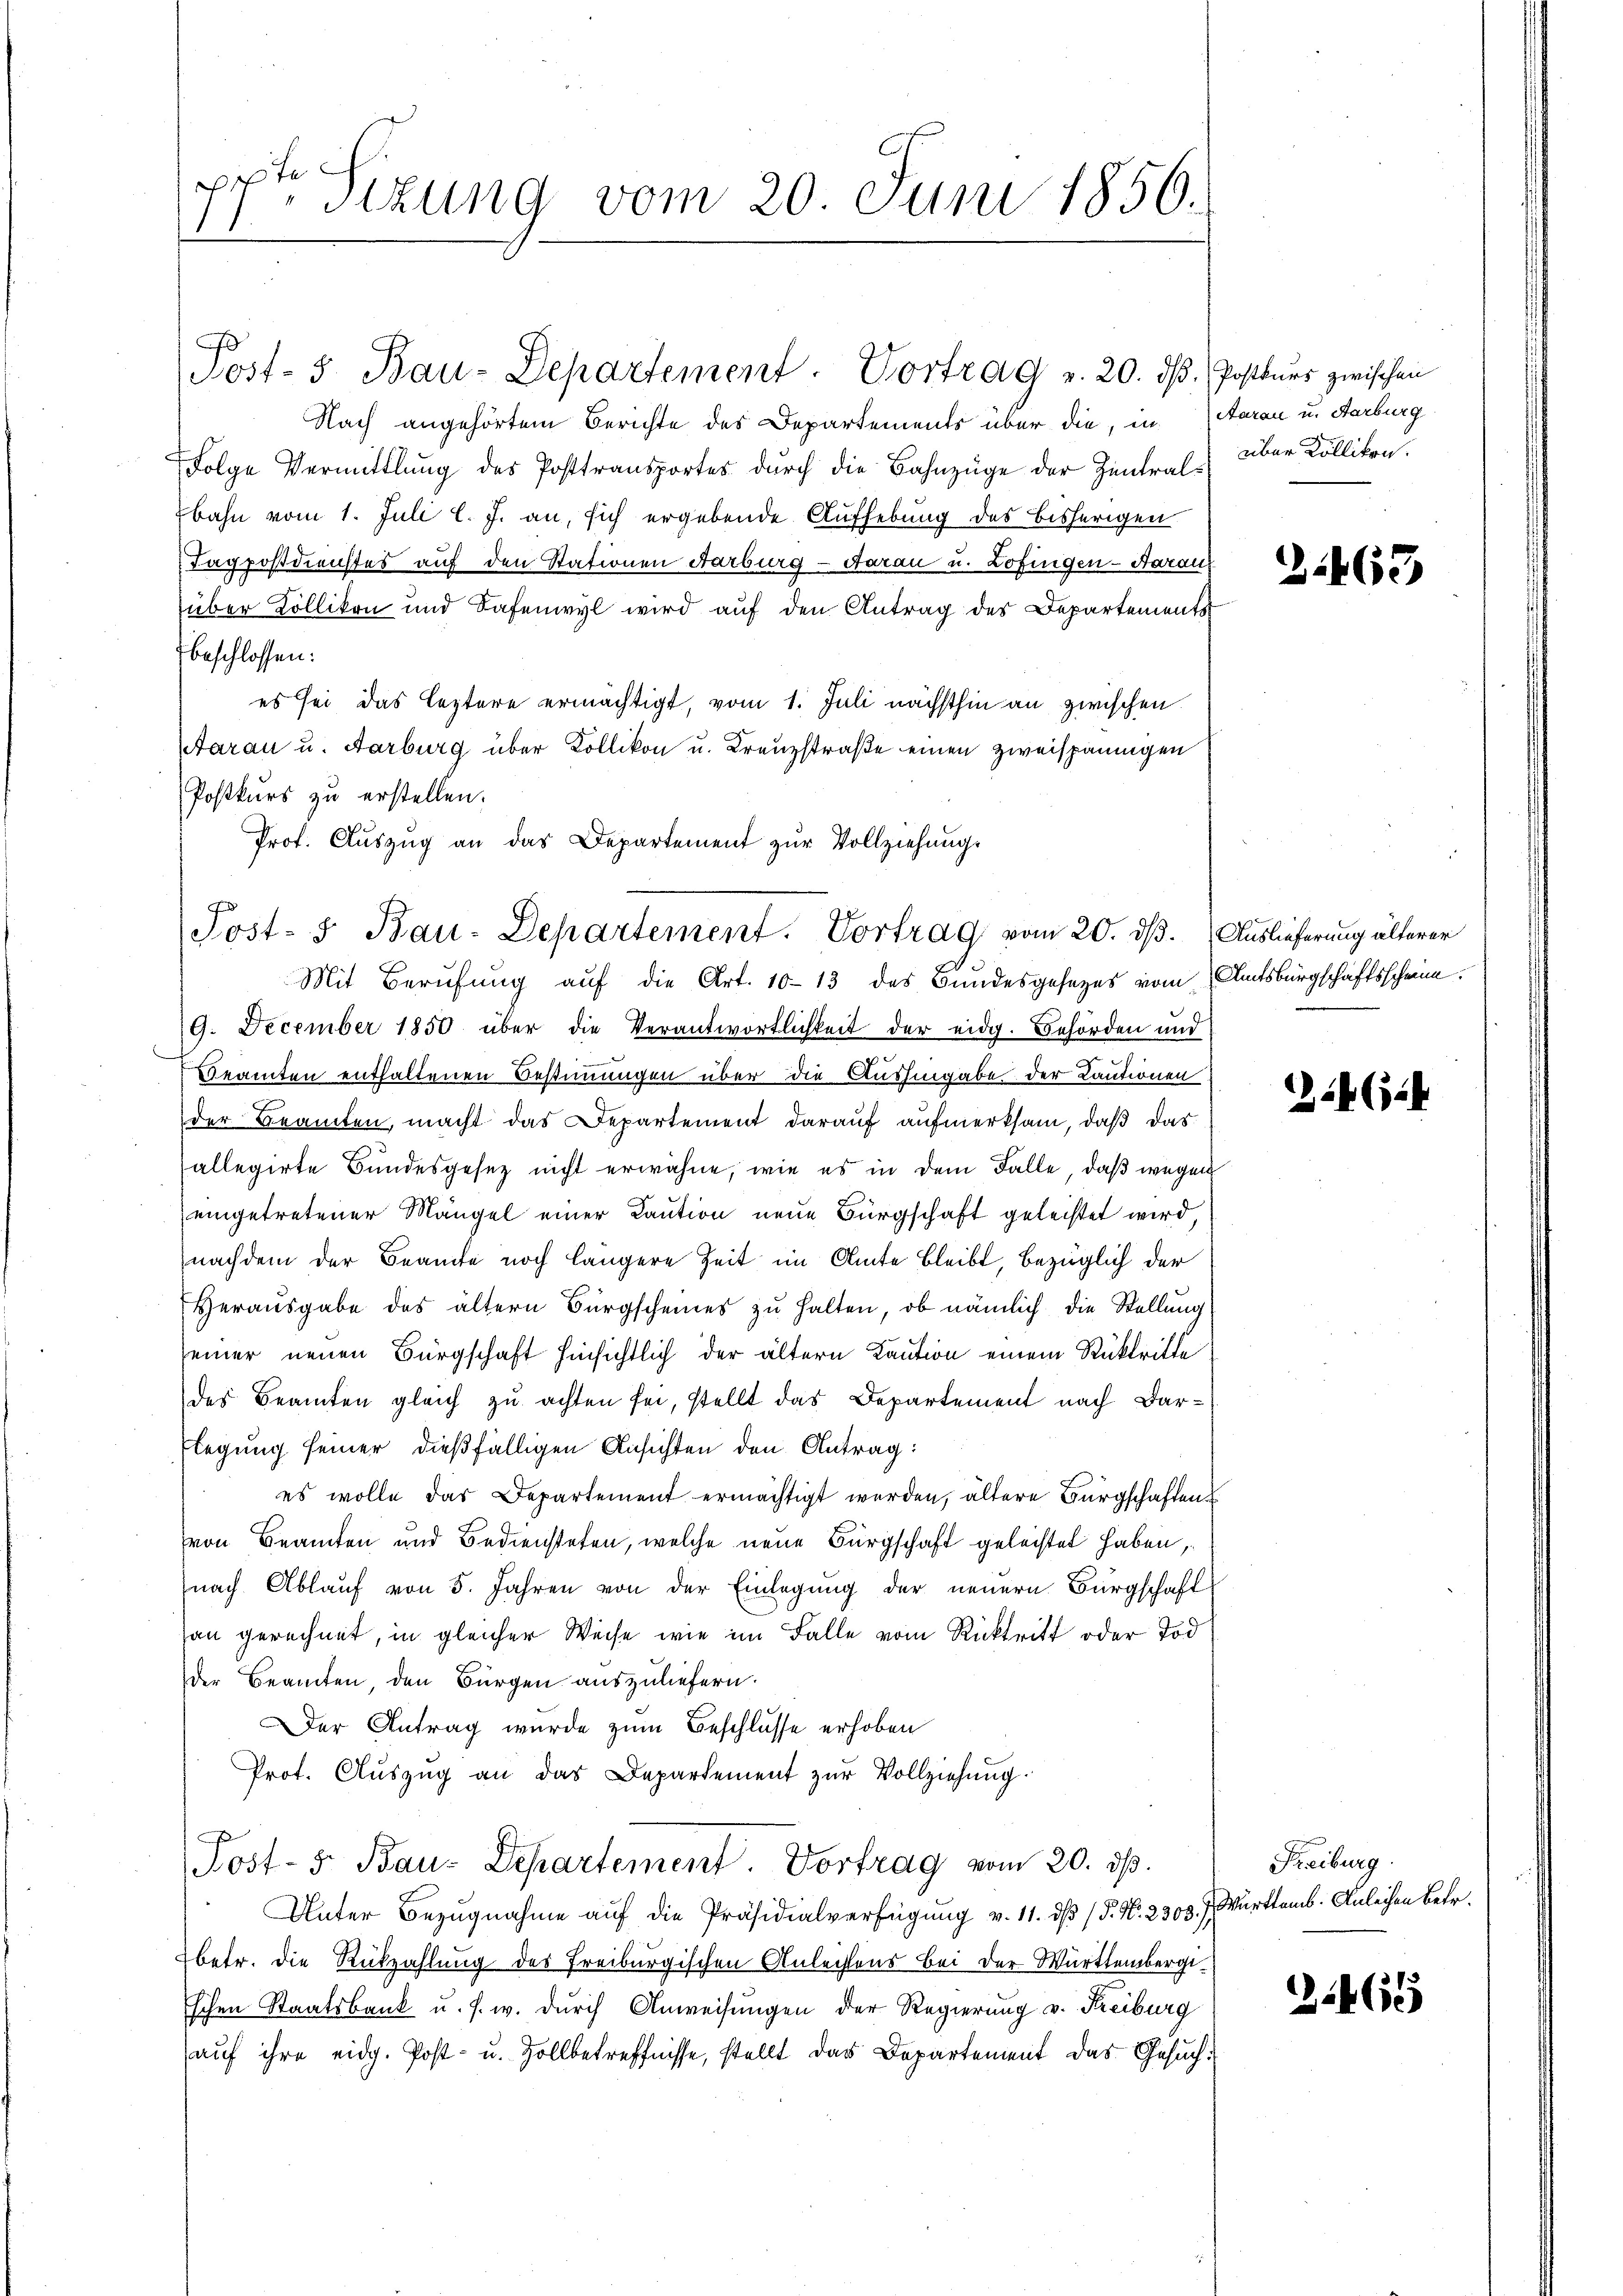
te
Sizung vom 20. Juni 1856.

Post- 5. Bau-Departement - Vortrag v. 20. ds. Postkurs zwischen
Nach angehörtem Berichte des Departements über die, in Aarau u. Karburg
Folge Vermittlung des Posttransportes durch die Bahnzüge der Zentral über Köllikon.
bahn vom 1. Juli l. J. an, sich ergebende Aufhebung des bisherigen
Tagpostdienstes auf den Stationen Aarburg - darau u. Lofingen-Aarau
über Kollikon und Tafenwyl wird auf den Antrag des Departements
beschlossen:
es sei das leztere ermächtigt, vom 1. Juli nächsthin an zwischen
Aarau u. Aarburg über Kollikon u. Kreuzstraße einen zweispännigen
Postkurs zu erstellen.
Prof. Auszug an das Departement zur Vollziehungs
Post- 5. Bau-Departement. Vortrag vom 20. ds. Auslieferung älterer
Mit Berufung auf die Art. 1013 des Bundesgesezes vom Amtsbürgschaftsscheine.
9. December 1850 über die Verantwortlichkeit der eidg. Behörden und
Beamten enthaltenen Bestimmungen über die Aushingabe der Kautionen
der Beamten, macht das Departement darauf aufmerksam, daß das
allegirte Bundesgesetz nicht erwähne, wie es in dem Falle, daß wegen
eingetretener Mängel einer Caution neue Bürgschaft geleistet wird
nachdem der Beamte noch längere Zeit im Amte bleibt, bezüglich der
Herausgabe des ältern Bürgscheines zu halten, ob nämlich die Stellung
seiner neuen Bürgschaft hinsichtlich der ältern Kaution einem Rücktritte
des Beamten gleich zu achten sei, stellt das Departement nach Dar-
legung seiner dießfälligen Ansichten den Antrag:
es wolle das Departement ermächtigt werden, ältere Bürgschaften
von Beamten und Bediensteten, welche neue Bürgschaft geleistet haben,
nach Ablauf von 5. Jahren von der Einlegung der neuern Bürgschaft
an gerechnet, in gleicher Weise wie im Falle vom Rücktritt oder Tod
der Beamten, den Bürgen auszuliefern.
Der Antrag wurde zum Beschlüsse erhoben
Prot. Auszug an das Departement zur Vollziehung:
Post- 5. Bau-Departement. Vortrag vom 20. ds.
Unter Bezugnahme auf die Präsidialverfügung v. 11. dβ (P. Nr. 2303.) Württemb. Anleihen Betr.
betr. die Rückzahlung des Freiburgischen Anleitens bei der Württembergischen Staatsbank u. s. w. durch Anweisungen der Regierung v. Freiburg
auf ihre eidg. Post- u. Zollbetreffnisse, stellt das Departement das Gesuch¬

J

3.463

24 (124

Freiburg

2

6